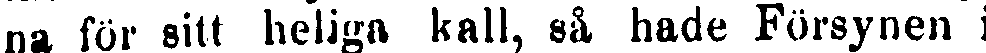
na lör silt heliga kall, så hade Försynen i